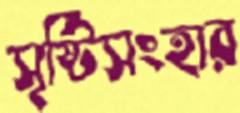
সৃষ্টিসংহার